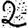
Digit: 2